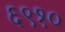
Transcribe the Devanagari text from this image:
६९१०